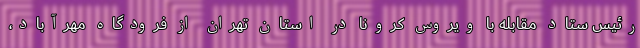
رئیس ستاد مقابله با ویروس کرونا در استان تهران از فرودگاه مهرآباد،